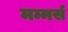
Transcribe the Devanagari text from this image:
मम्मर्स